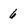
Character: 6